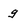
Character: g